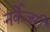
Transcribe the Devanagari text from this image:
नर्केजरी